Civil Veterinary Department Bihar & Orissa reports 1929-36 - 1929-1936
Year: 1929
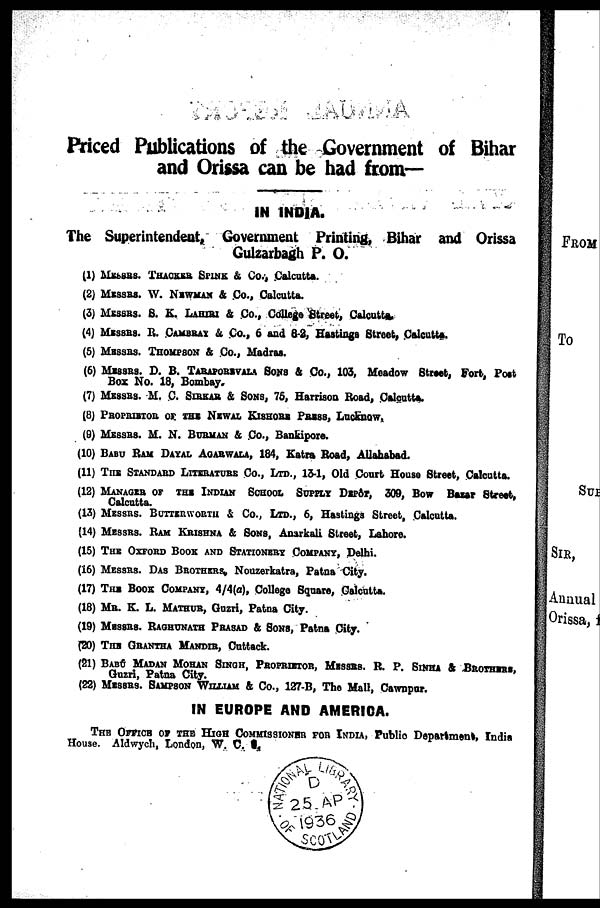
Priced Publications of the Government of Bihar
and Orissa can be had from—
IN INDIA.
The Superintendent, Government Printing, Bihar and Orissa
Gulzarbagh P. O.
(1) MESSRS. THACKER SPINK & Co., Calcutta.
(2) MESSRS. W. NEWMAN & Co., Calcutta.
(3) MESSRS.S. K. LAHIRI & Co., College Street, Calcutta.
(4) MESSRS.. R. CAMVRAY & Co., 6 and 8-2, Hastings Street, Calcutta.
(5) MESSRS. THOMPSON & Co., Madras.
(6) MESSRS. D. B. TARAPOREVALA SONS & Co., 103, Meadow Street, Fort, Post
Box No. 18, Bombay.
(7) MESSRS. M. C. SIRKAR & SONS, 75, Harrison Road, Calcutta.
(8) PROPRISTOR OF THE NEWAL KISHORE PRESS, Lucknow,
(9) MESSRS. M. N. BURMAN & Co., Bankipore.
(10) BABU RAM DAYAR AGARWALA, 184, Katra Road, Allahabad.
(11) THE STANDARD LITERATURE Co., LTD., 13-1, Old Court House Street, Calcutta.
(12) MANAGER OF THE INDIAN SCHOOL SUPPLY DEPÔT, 309, Bow Bazar Street,
Calcutta.
(13) MESSRS. BUTTERWORTH & Co., LTD., 6, Hastings Street, Calcutta.
(14) MESSRS. RAM KRISHNA & SONS, Anarkali Street, Lahore.
(15) THE OXFORD BOOK AND STATIONERY COMPANY, Delhi.
(16) MESSRS. DAS BROTHERS, Nouzerkatra, Patna City.
(17) THE BOOK COMPANY, 4/4(a), College Square, Calcutta.
(18) MR. K. L. MATHUR, Guzri, Patna City.
(19) MERRES. RAGHUNATH PRASAD & SONS, Patna City.
(20) THE GHANTHA MANDIR, Cuttack.
(21) BABÚ MADAN MOHAN SINGH, PROPRIETER, MESSRS. R. P. SINHA & BROTHERS,
Guzri, Patna City.
(22) MESSRS. SAMPSON WILLIAM & Co., 127-B, The Mall, Cawnpur.
IN EUROPE AND AMERICA.
THE OFFICE OF THE HIGH COMMISSIONER FOR INDIA, Public Department, India
House. Aldwych, London, W. C. S.